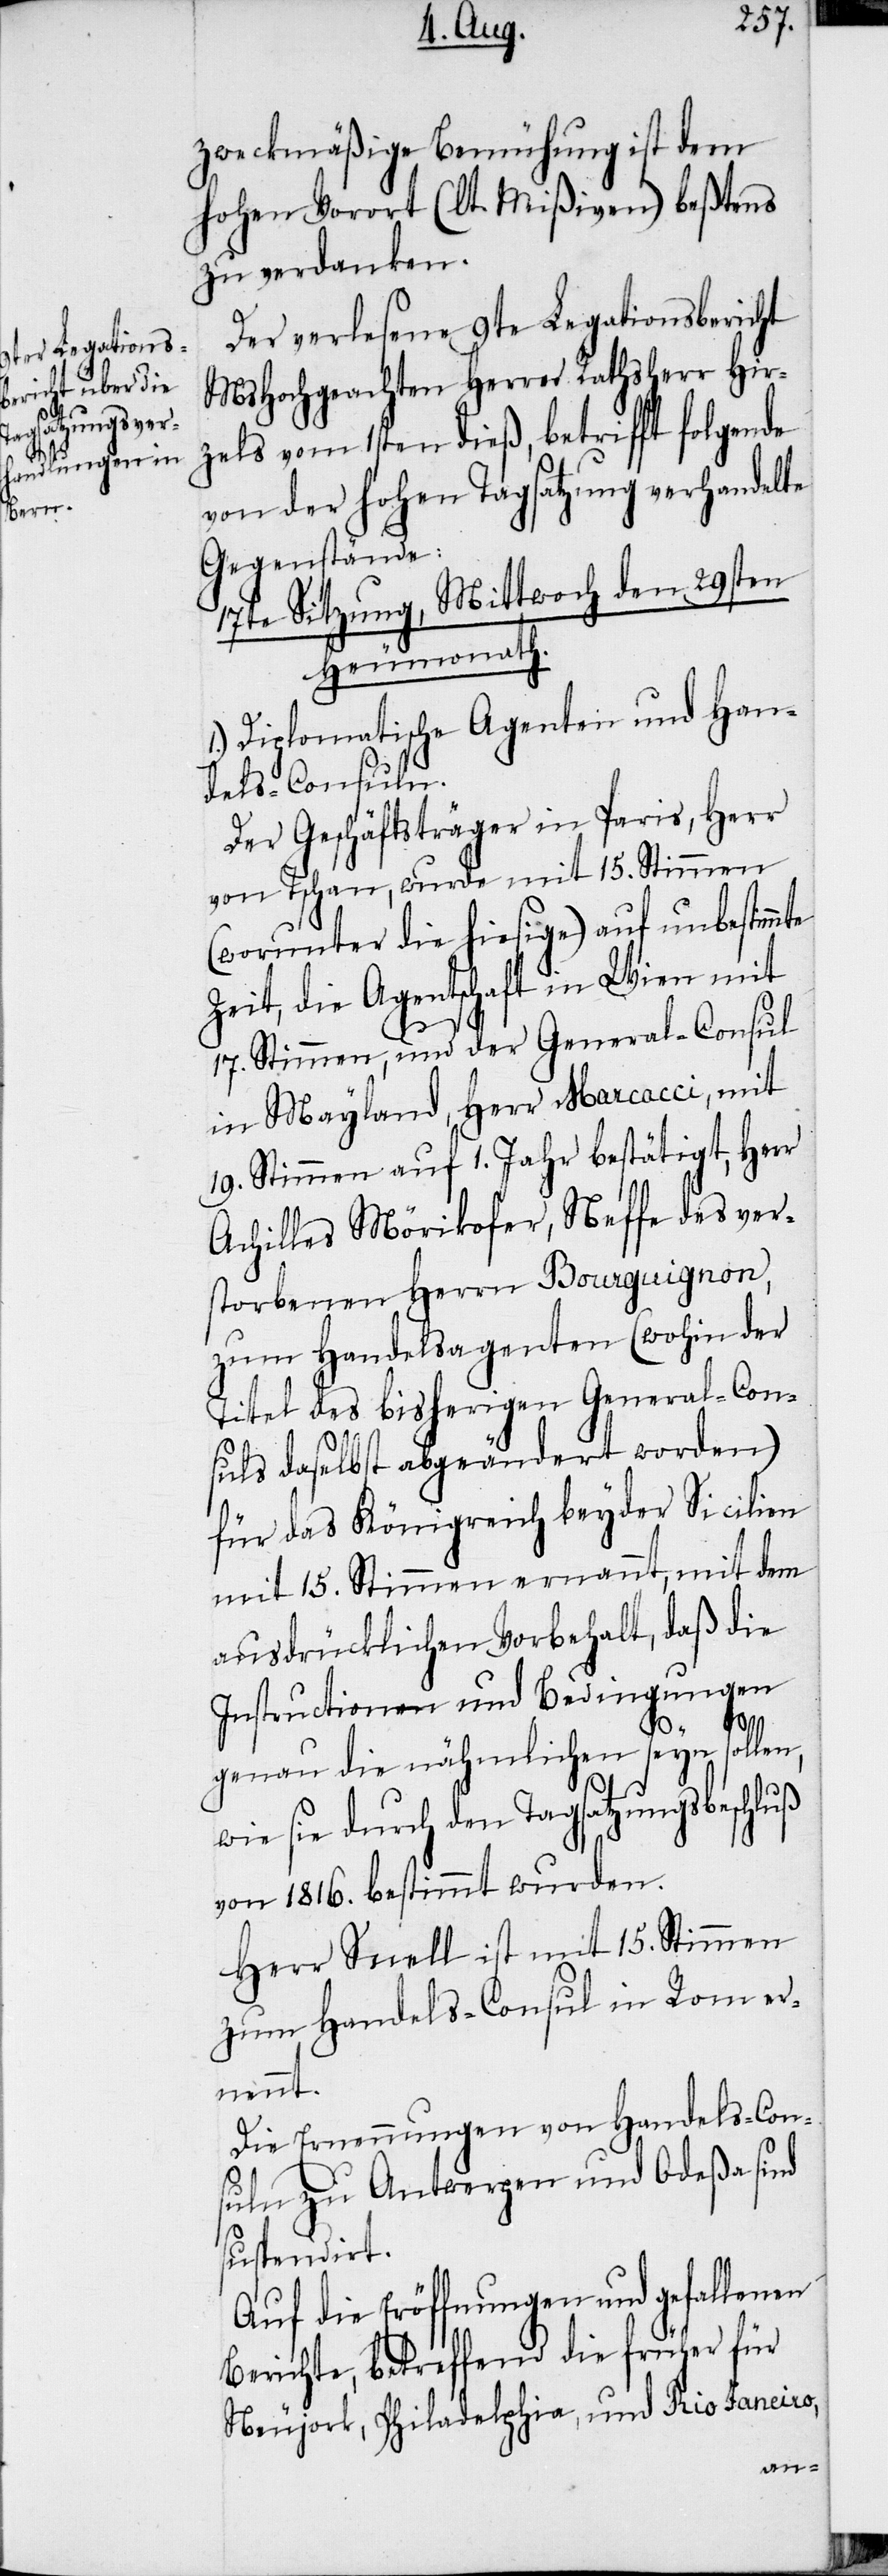
zweckmäßige Bemühung ist dem
hohen Vorort (lt. Mißiven) beßtens
zu verdanken.
Der verlesene 9te Legationsbericht
MsHochgeachten Herrn Rathsherr Hir¬
zels vom 1sten dieß, betrifft folgende
von der hohen Tagsatzung verhandelte
Gegenstände:
17te Sitzung, Mittwoch den 29sten
Heumonath.
1.) Diplomatische Agenten und Han¬
dels-Consuln.
Der Geschäftsträger in Paris, Herr
von Tschan, wurde mit 15. Stimmen
(worunter die hiesige) auf unbestim¬
Zeit, die Agentschaft in Wien mit
17. Stimmen, und der General-Consul
in Mayland, Herr Marcacci, mit
19. Stimmen auf 1. Jahr bestätigt, Herr
Achilles Mörikofer, Neffe des ver¬
storbenen Herrn Bourguignon,
zum Handelsagenten (wohin der
Titel des bisherigen General-Con¬
suls daselbst abgeändert worden)
für das Königreich beyder Sicilien
mit 15. Stimmen ernannt, mit dem
ausdrücklichen Vorbehalt, daß die
Instructionen und Bedingungen
genau die nähmlichen seyn sollen,
wie sie durch den Tagsatzungsbeschluß
von 1816. bestimmt wurden.
Herr Snell ist mit 15. Stimmen
zum Handels-Consul in Rom er¬
nennt.
Die Ernennungen von Handels-Con¬
suln zu Antwerpen und Odeßa sind
suspendirt.
Auf die Eröffnungen und gefallenen
Berichte, betreffend die früher für
Neujork, Philadelphia, und Rio Janeiro,